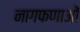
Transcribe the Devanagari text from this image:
नागफणाओं